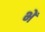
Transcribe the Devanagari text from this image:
भें